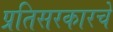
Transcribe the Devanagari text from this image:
प्रतिसरकारचे